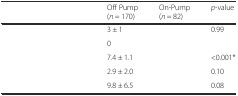
<table><thead><tr><td>[EMPTY_CELL]</td><td><b>Off Pump (<i>n</i> = 170)</b></td><td><b>On-Pump (<i>n</i> = 82)</b></td><td><b><i>p</i>-value</b></td></tr></thead><tbody><tr><td>[EMPTY_CELL]</td><td>3 ± 1</td><td>[EMPTY_CELL]</td><td>0.99</td></tr><tr><td>[EMPTY_CELL]</td><td>0</td><td>[EMPTY_CELL]</td><td>[EMPTY_CELL]</td></tr><tr><td>[EMPTY_CELL]</td><td>7.4 ± 1.1</td><td>[EMPTY_CELL]</td><td>&lt;0.001*</td></tr><tr><td>[EMPTY_CELL]</td><td>2.9 ± 2.0</td><td>[EMPTY_CELL]</td><td>0.10</td></tr><tr><td>[EMPTY_CELL]</td><td>9.8 ± 6.5</td><td>[EMPTY_CELL]</td><td>0.08</td></tr></tbody></table>